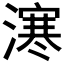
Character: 𣽬